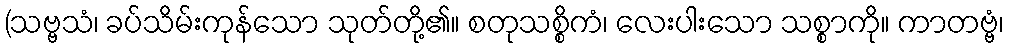
(သဗ္ဗသံ၊ ခပ်သိမ်းကုန်သော သုတ်တို့၏။ စတုသစ္စိကံ၊ လေးပါးသော သစ္စာကို။ ကာတဗ္ဗံ၊